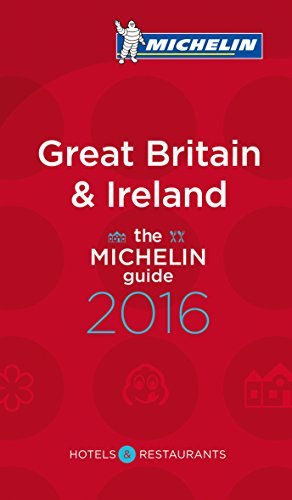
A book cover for MICHELIN Guide Great Britain & Ireland 2016: Hotels & Restaurants (Michelin Guide/Michelin); Michelin; Travel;